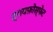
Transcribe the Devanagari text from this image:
ट्रायफ़ोस्फेट